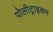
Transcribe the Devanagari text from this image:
पोलीट्राइकम